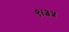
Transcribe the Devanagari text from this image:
९।३५